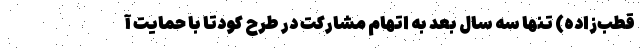
قطب‌زاده) تنها سه سال بعد به اتهام مشارکت در طرح کودتا با حمایت آ